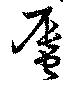
蜃